Leaving Certificate Examination (including Day School Certificate (Higher) General paper), 1935
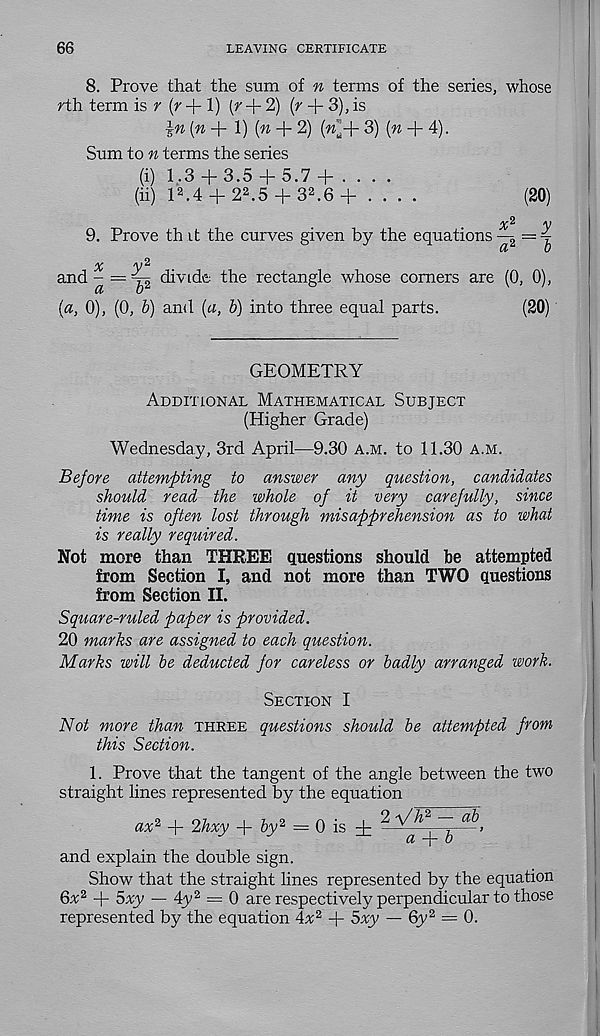
66
LEAVING CERTIFICATE
8. Prove that the sum of n terms of the series, whose
rth term is r (r + 1) [r + 2) (r + 3), is
\n (n +!)(« + 2) («"+ 3) (w + 4).
Sum to n terms the series
(i) 1.3 + 3.5 + 5.7 + . . . .
(ii) l a .4 + 2 2 .5 + 3 2 .6 + . . . .
(20)
x^1
y
9. Prove th it the curves given by the equations
^
x ✓v
y
and - = 4s divide the rectangle whose comers are (0, 0),
(a, 0), (0, b) and (a, b) into three equal parts.
(20)
GEOMETRY
Additional Mathematical Subject
(Higher Grade)
Wednesday, 3rd April—9.30 a.m. to 11.30 a.m.
Before attempting to answer any question, candidates
should read the whole of it very carefully, since
time is often lost through misapprehension as to what
is really required.
Not more than THREE questions should be attempted
from Section I, and not more than TWO questions
from Section II.
Square-ruled paper is provided.
20 marks are assigned to each question.
Marks will be deducted for careless or badly arranged work.
Section I
Not more than three questions should be attempted from
this Section.
1. Prove that the tangent of the angle between the two
straight lines represented by the equation
ax* + 2hxy + fry 2 = 0 is i
>
and explain the double sign.
Show that the straight lines represented by the equation
6a 2 + 5yy — 4y 2 = 0 are respectively perpendicular to those
represented by the equation 4a 2 + 5A_y — 6y 2 = 0.